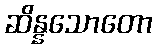
ဆိန္နသောတော